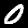
Digit: 0